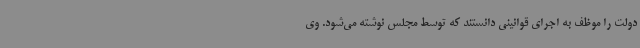
دولت را موظف به اجرای قوانینی دانستند که توسط مجلس نوشته می‌شود. وی